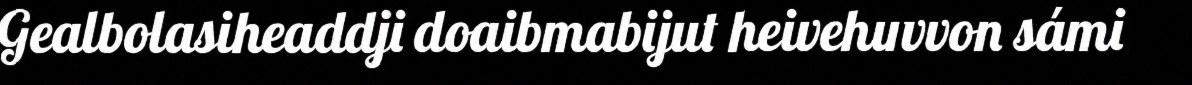
Gealbolasiheaddji doaibmabijut heivehuvvon sámi